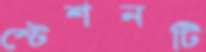
স্টেশনটি